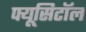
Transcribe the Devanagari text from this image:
फ्यूसिटॉल